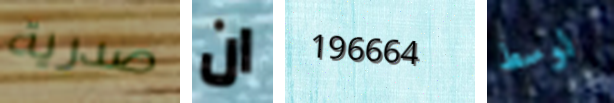
صدرية ان 196664 لوسط